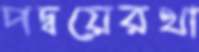
পদ্বয়েরথা